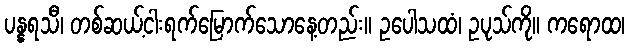
ပန္နရသီ၊ တစ်ဆယ့်ငါးရက်မြောက်သောနေ့တည်း။ ဥပေါသထံ၊ ဥပုသ်ကို။ ကရောထ၊